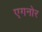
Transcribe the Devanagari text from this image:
एगनोर